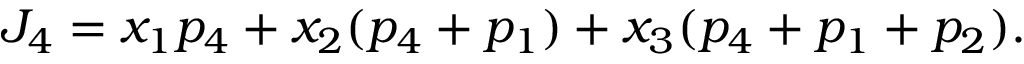
J _ { 4 } = x _ { 1 } p _ { 4 } + x _ { 2 } ( p _ { 4 } + p _ { 1 } ) + x _ { 3 } ( p _ { 4 } + p _ { 1 } + p _ { 2 } ) .